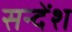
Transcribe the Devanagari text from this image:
सन्देंश